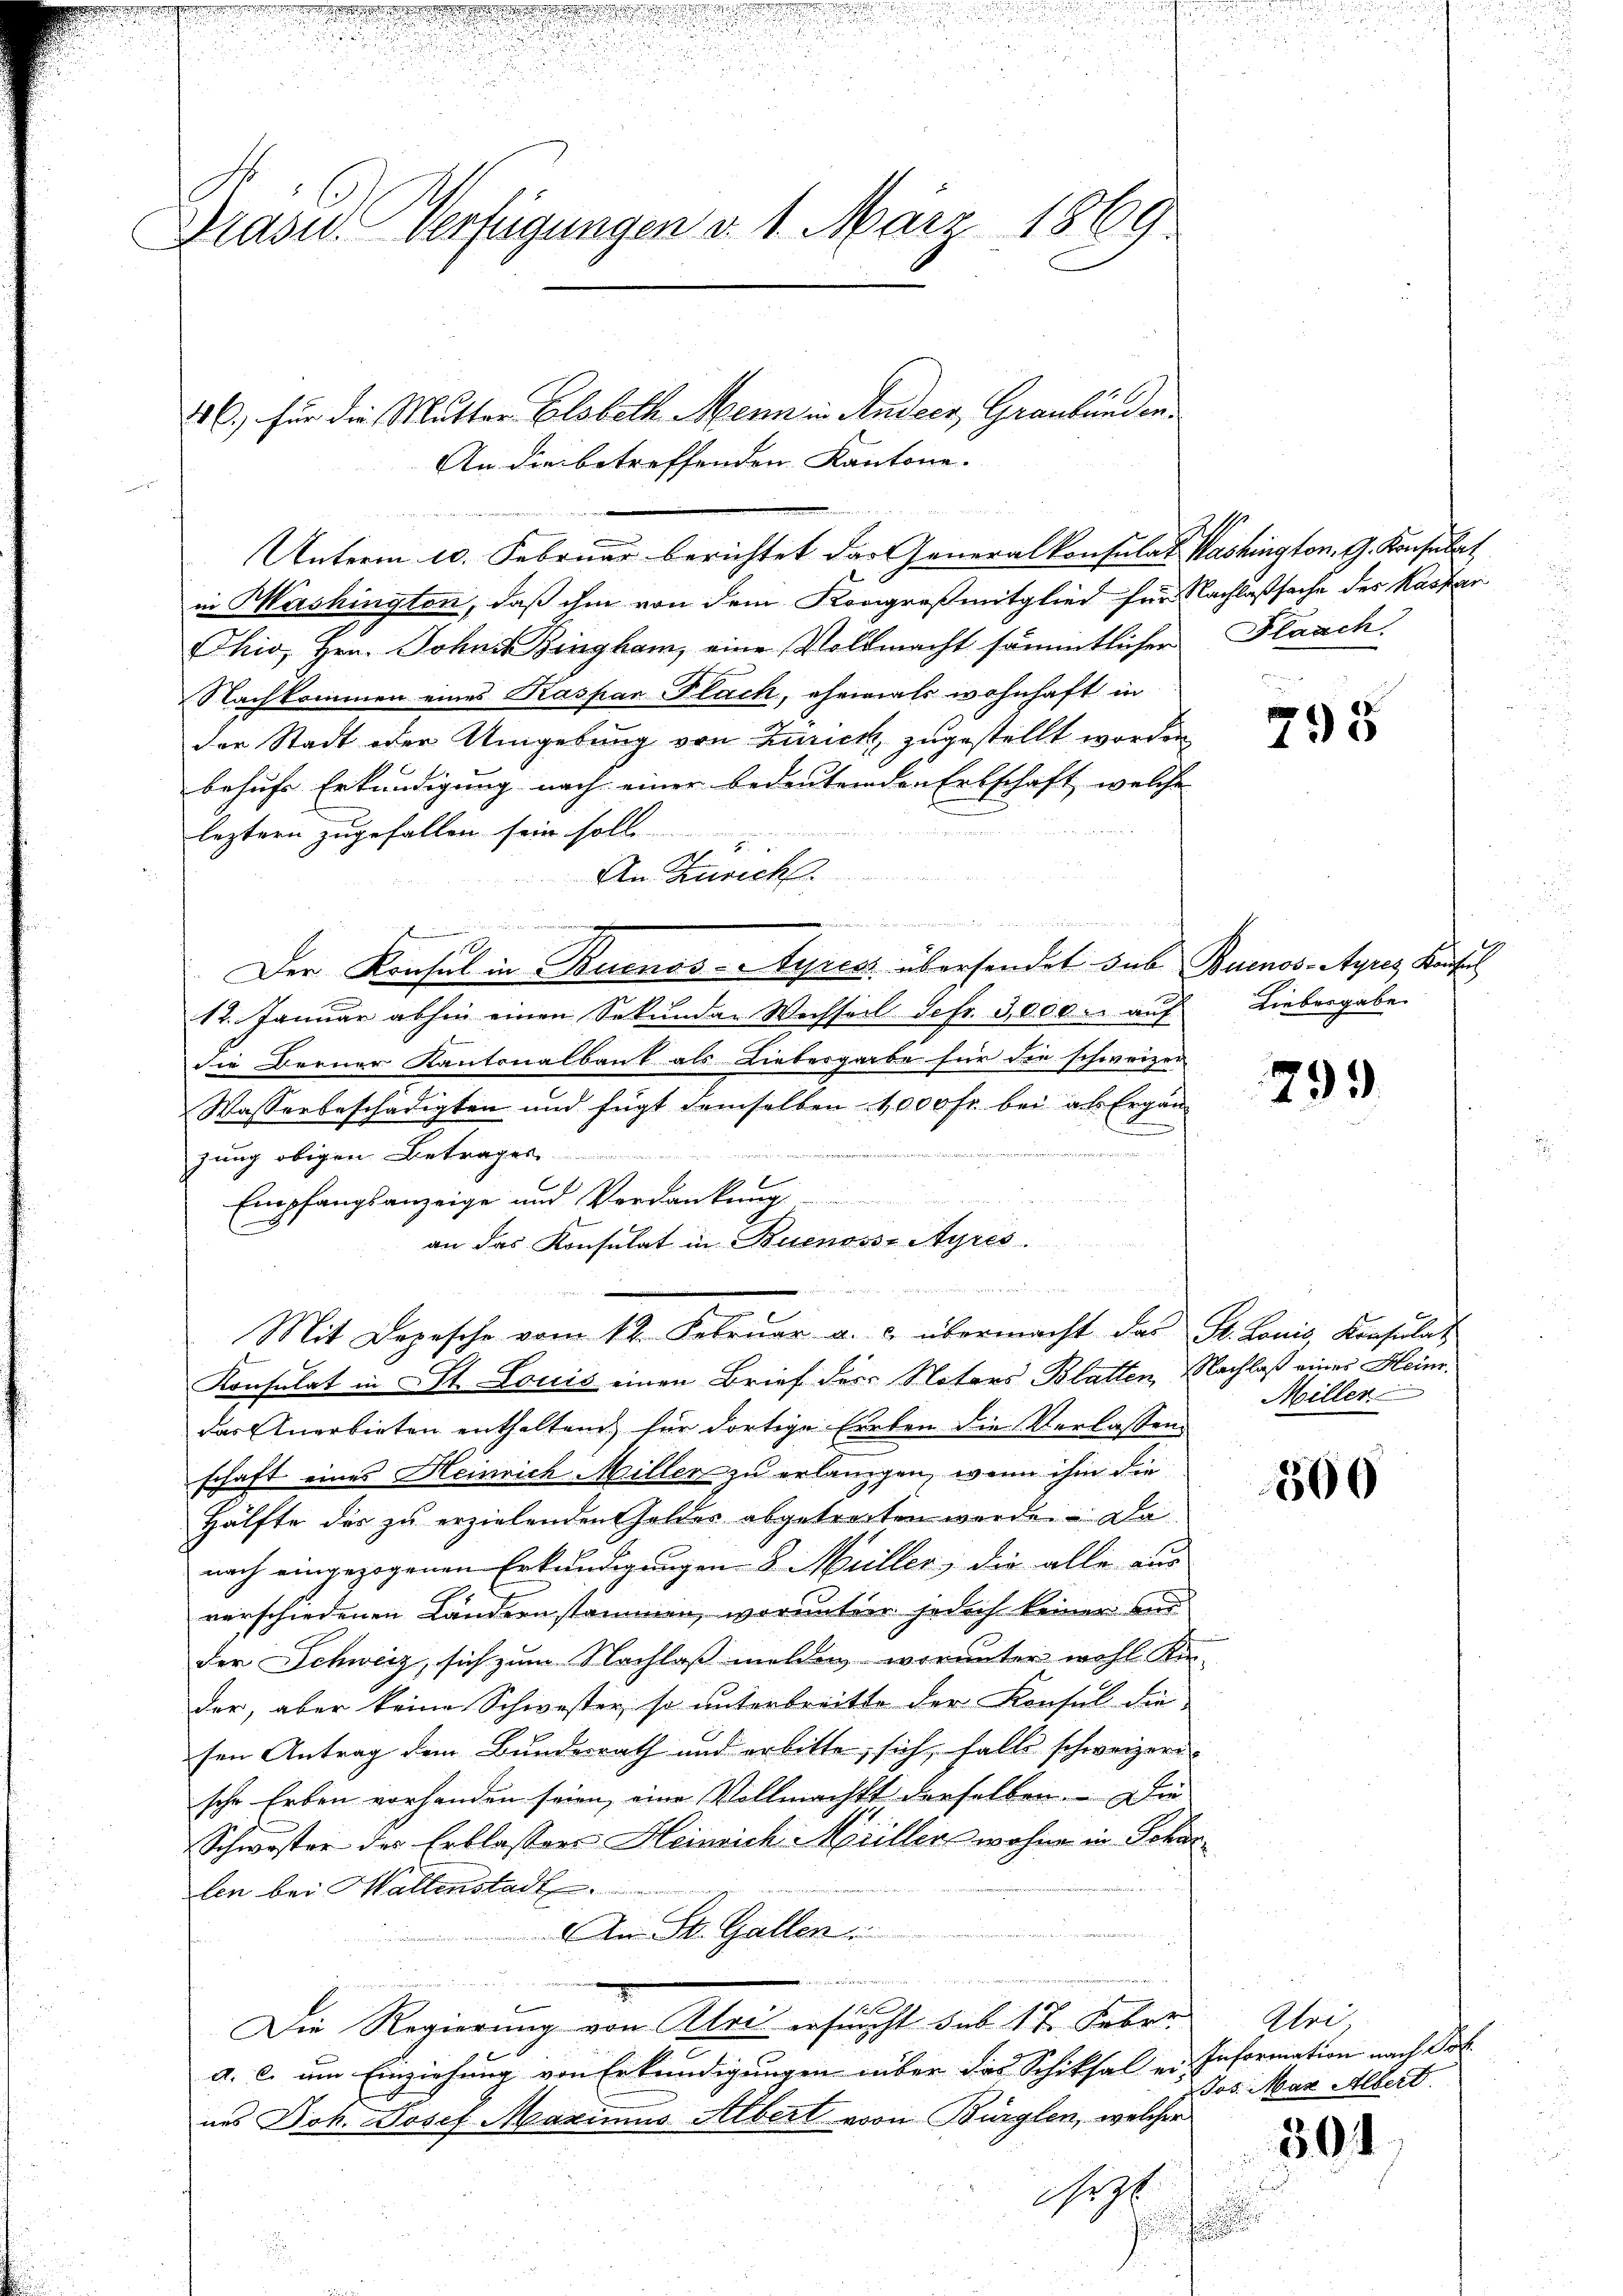
.
u

Prase Verfügungen d. 1. März 1869.

46, für die Mutter Elsbeth Menn in Andern Graubünden¬
An die betreffenden Kantone.

in Washington, daß ihm von dem Kongreß mitglied für Nachlaßsache des Kastar
hio, Hrn. Johns Bingham, eine Vollmacht sämmtlichen Flaach
Nachkommen eines Kaspar Flach, ehemals wohnhaft in
der Stadt oder Umgebung von Zurick, zugestellt worden
behufs Erkundigung nach einer bedeutenden Erbschaft, welche
e
leztern zugefallen sein solle

An Zürich.
Der Konsul in Buenos-Ayres übersendet sub Buenos-Ayres Konsul
17. Januar abhin einen Sekŭndar Wechseil Sefr. 3,000. aŭf Liebergabe
die Berner Kantonalbaut als Liebesgarbe für die schweizer
Wasserbeschädigten und fügt demselben 1000 fr bei als Ergän¬
.
zung obigen Betrages
C
Empfangsanzeige und Verdankung
an das Konsulat in Buenosse Ayres.
Konsulat in St. Louis einen Brief des Nators Blatten, Nachlaß eines Heinr.
das Anerbieten enthaltend für dortige Errten die Verlassen
schaft eines Heinrich Miller zu erlangen, wenn ihm die
Hälfte des zu erzielenden Geldes abgetreiten werde. Da
nach eingezogenen Erkundigungen 8. Müller, die alle aus
verschiedenen Ländern stammen, worunter jedoch keiner be
der Schweiz, sich zum Nachlaß melden, worunter wohl Kin-
der, aber keine Schwester, so unterbreitte der Konsul die
sen Antrag dem Bundesrath und erbitte, sich, falls schweizeri
sche Erben vorhanden seien, eine Vollmacht derselben. Die
Schwester des Erblassers Heinrich Müllers wohne in Scharten bei Hallenstadt
An St. Gallen
iierten

Die Regierung von Alei ersucht sub 17. Feber
a. c. um Einziehung von Erkundigungen über das Schiksal er Information nach Pol
nes Joh. Josef Maximus Albert von Bürglen, welcher
No 70
f

Mit Depesche vom 12. Febrŭar a. u. übermacht das St. Lonis, Konsulat

Unterm 10. Februar berichtet das Generalkonsulat Washington. G. Konsulat

.

.

795

799

Miller

500

Aloi
Jos. Max Albert

304